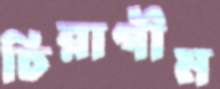
চিরাগীম